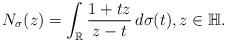
LaTeX: \begin{align*}N_{\sigma}(z)=\int_{\mathbb{R}}\frac{1+tz}{z-t}\,d\sigma(t),z\in\mathbb{H}.\end{align*}